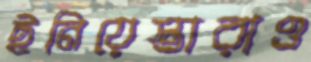
ইনিয়েস্তারাও